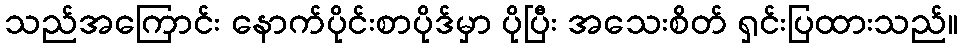
သည်အကြောင်း နောက်ပိုင်းစာပိုဒ်မှာ ပိုပြီး အသေးစိတ် ရှင်းပြထားသည်။